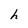
Character: h